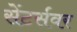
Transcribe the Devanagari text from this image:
सेंटर्सवर